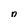
Character: n